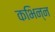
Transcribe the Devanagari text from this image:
कभिन्न